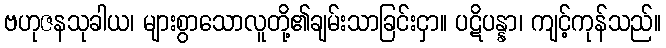
ဗဟုဇနသုခါယ၊ များစွာသောလူတို့၏ချမ်းသာခြင်းငှာ။ ပဋိပန္နာ၊ ကျင့်ကုန်သည်။